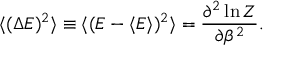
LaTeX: \langle ( \Delta E ) ^ { 2 } \rangle \equiv \langle ( E - \langle E \rangle ) ^ { 2 } \rangle = { \frac { \partial ^ { 2 } \ln Z } { \partial \beta ^ { 2 } } } .